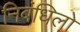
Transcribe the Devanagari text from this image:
निबंधिलो